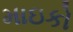
માઇકો